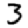
Digit: 3